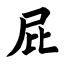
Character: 屁